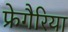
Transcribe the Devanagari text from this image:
फ्रेगैरिया